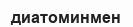
диатоминмен